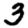
Digit: 3